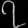
Digit: ၇